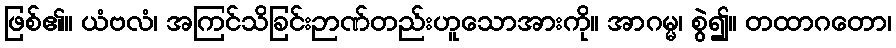
ဖြစ်၏။ ယံဗလံ၊ အကြင်သိခြင်းဉာဏ်တည်းဟူသောအားကို။ အာဂမ္မ၊ စွဲ၍။ တထာဂတော၊